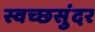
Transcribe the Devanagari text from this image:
स्वच्छसुंदर